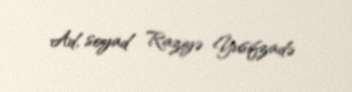
Ad, soyad Raziyə Yusifzadə